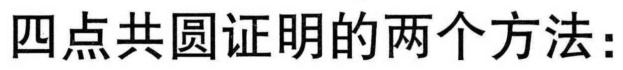
四点共圆证明的两个方法：